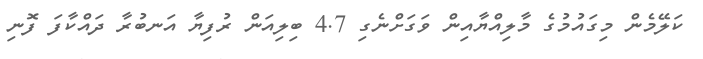
ކަލޭމެން މިގައުމުގެ މާލިއްޔާއިން ވަގަށްނެގި 4.7 ބިލިއަން ރުފިޔާ އަނބުރާ ދައްކާފަ ފޮނި